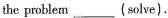
the problem___(solve).